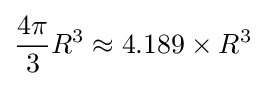
{\frac {4\pi }{3}}R^{3}\approx 4.189\times R^{3}